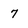
Character: 7